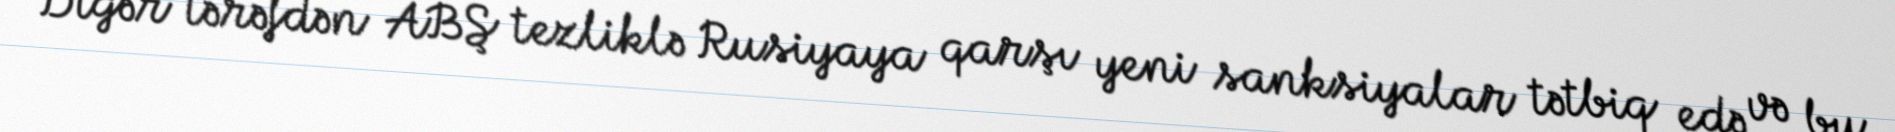
Digər tərəfdən ABŞ tezliklə Rusiyaya qarşı yeni sanksiyalar tətbiq edə və bu